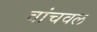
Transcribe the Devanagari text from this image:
वांचवलं